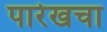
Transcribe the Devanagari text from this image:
पारेखचा